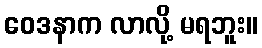
ဝေဒနာက လာလို့ မရဘူး။